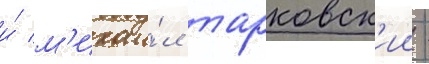
и́ м'ихаи́л тарковск'ии -